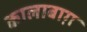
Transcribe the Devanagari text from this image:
कालाबाग़